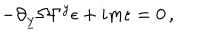
- \partial _ { \underline { { { y } } } } \Omega \Gamma ^ { y } \epsilon + i m \epsilon = 0 \, ,